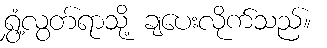
ရွှံ့လွတ်ရာသို့ ချပေးလိုက်သည်။